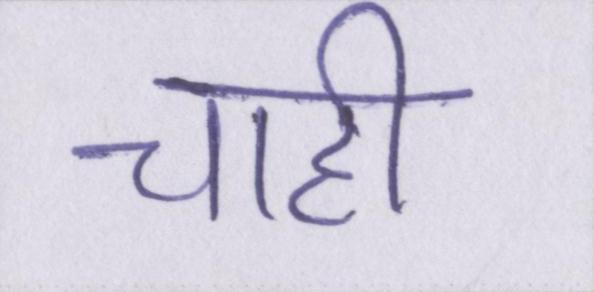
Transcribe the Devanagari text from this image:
चाही